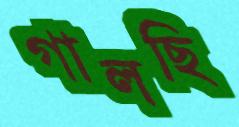
গালছি